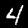
Label: 4